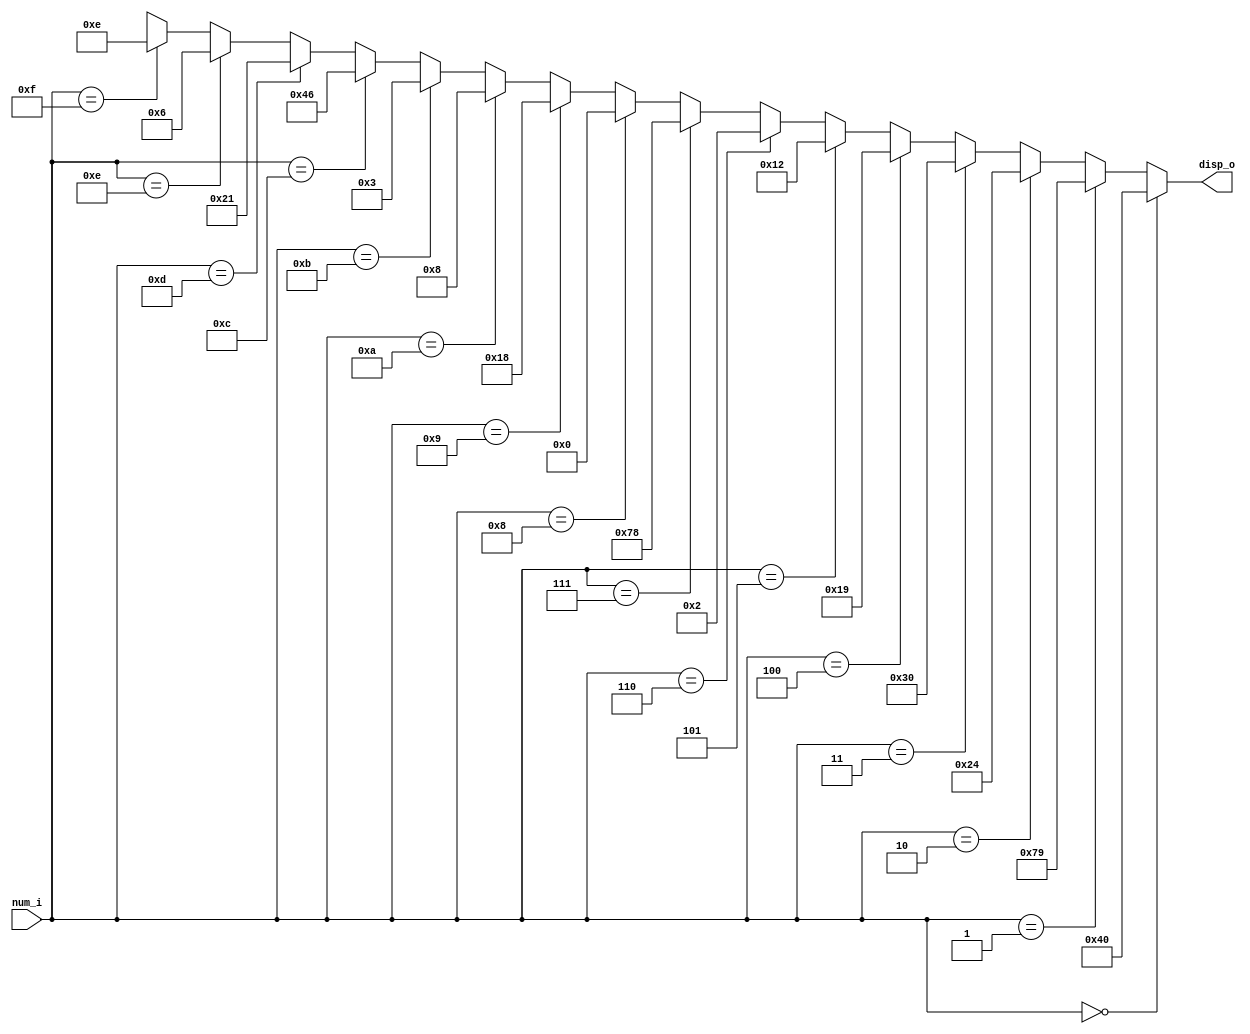
// CPEN 230L lab 8 part 3, hex to 7-segment decoder
// Gabe DiMartino 10/30/2023

module hex7seg (
  input  [3:0] num_i,
  output [6:0] disp_o );

  // 7-segment display segment number: 6543210
  assign disp_o = (num_i == 4'h0) ? 7'b1000000 :
                  (num_i == 4'h1) ? 7'b1111001 :
                  (num_i == 4'h2) ? 7'b0100100 :
                  (num_i == 4'h3) ? 7'b0110000 :
                  (num_i == 4'h4) ? 7'b0011001 :
                  (num_i == 4'h5) ? 7'b0010010 :
                  (num_i == 4'h6) ? 7'b0000010 :
                  (num_i == 4'h7) ? 7'b1111000 :
                  (num_i == 4'h8) ? 7'b0000000 :
                  (num_i == 4'h9) ? 7'b0011000 :
                  (num_i == 4'hA) ? 7'b0001000 :
                  (num_i == 4'hb) ? 7'b0000011 :
                  (num_i == 4'hC) ? 7'b1000110 :
                  (num_i == 4'hD) ? 7'b0100001 :
                  (num_i == 4'hE) ? 7'b0000110 :
                  (num_i == 4'hF) ? 7'b0001110 : 
                  7'bXXXXXXX;
endmodule